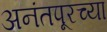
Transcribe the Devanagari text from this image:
अनंतपूरच्या